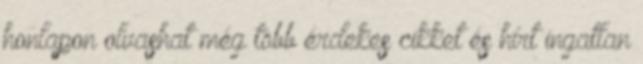
honlapon olvashat még több érdekes cikket és hírt ingatlan